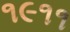
૧૯૧૧